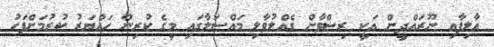
އާލިފާއި ނޫރައްދީން އަކީ ރިޟްވާން ގެއްލުވާލި މައްސަލާގައި މީގެ ކުރިން ހައްޔަރު ކުރުމަށްފަހު